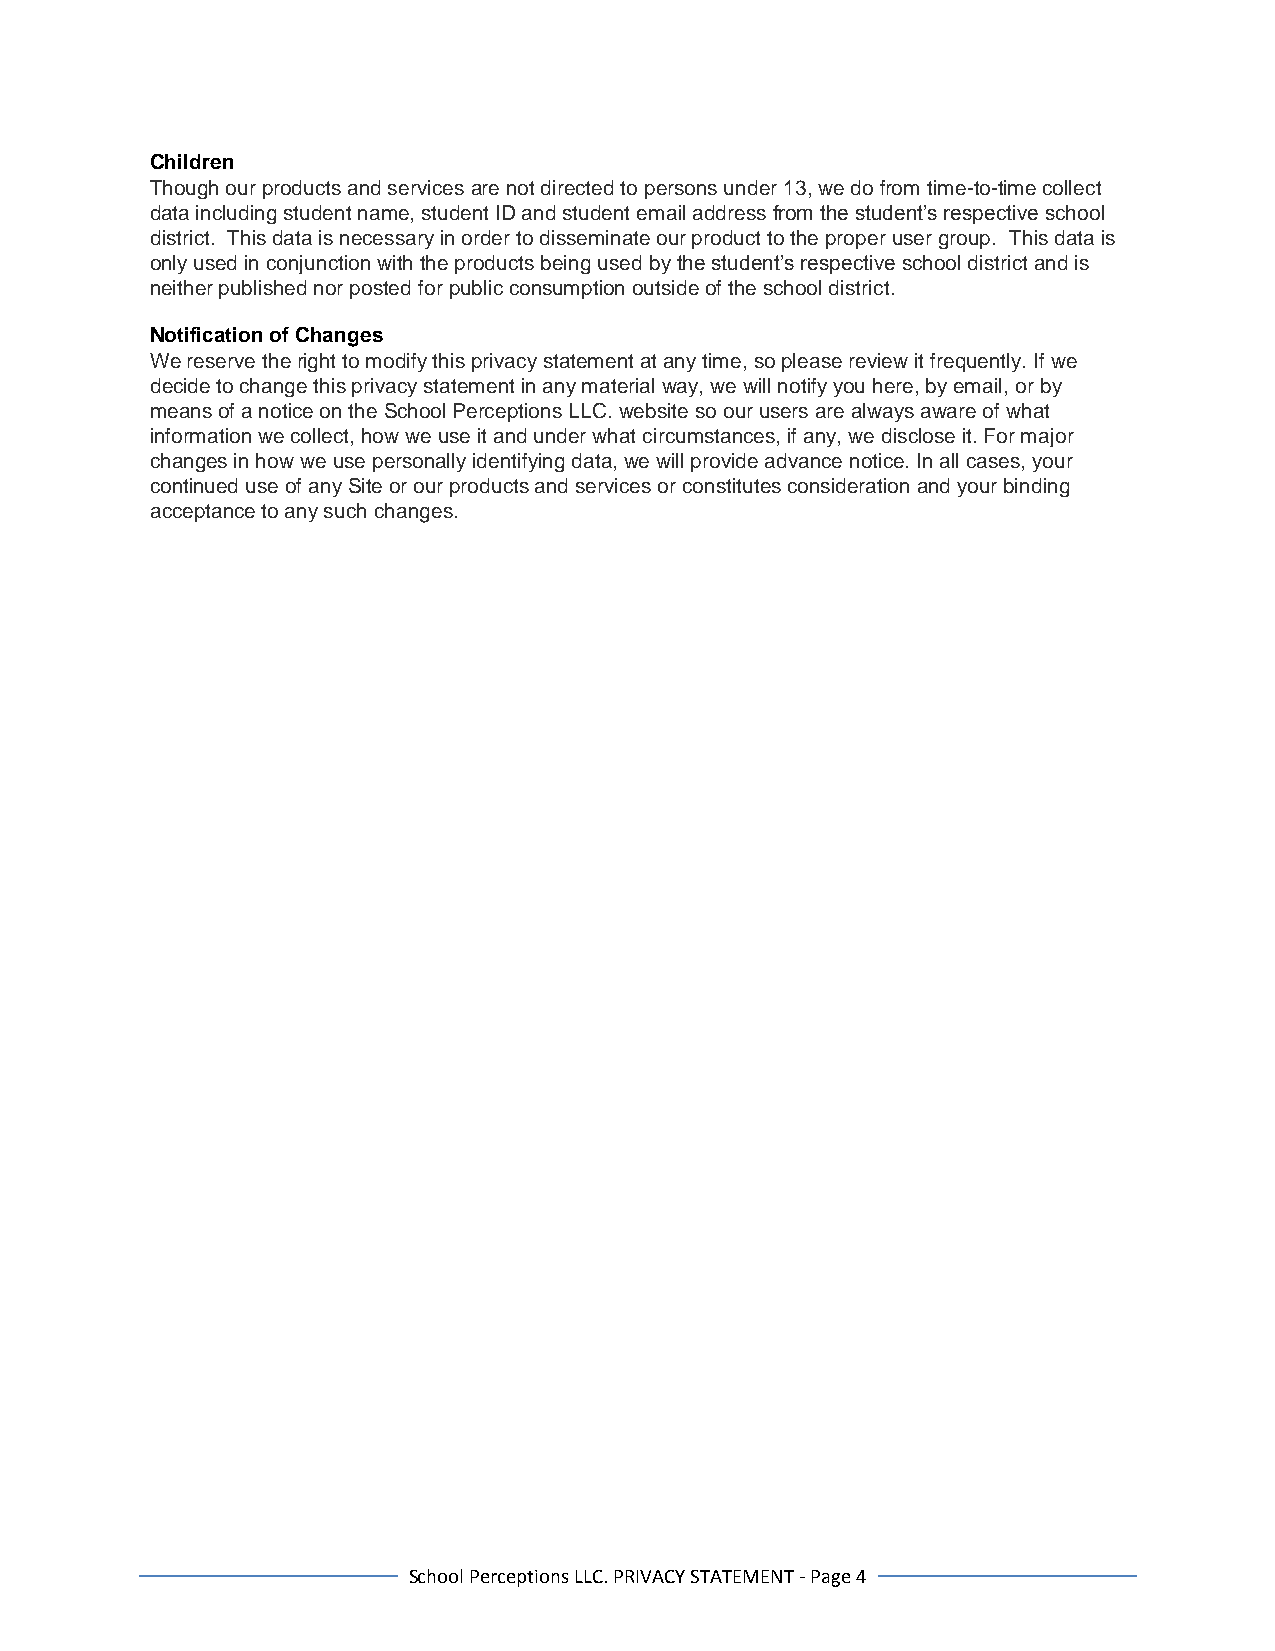
Children
 Though our products and services are not directed to persons under 13, we do from time-to-time collect
 data including student name, student ID and student email address from the student’s respective school
 district. This data is necessary in order to disseminate our product to the proper user group. This data is
 only used in conjunction with the products being used by the student’s respective school district and is
 neither published nor posted for public consumption outside of the school district.
 Notification of Changes
 We reserve the right to modify this privacy statement at any time, so please review it frequently. If we
 decide to change this privacy statement in any material way, we will notify you here, by email, or by
 means of a notice on the School Perceptions LLC. website so our users are always aware of what
 information we collect, how we use it and under what circumstances, if any, we disclose it. For major
 changes in how we use personally identifying data, we will provide advance notice. In all cases, your
 continued use of any Site or our products and services or constitutes consideration and your binding
 acceptance to any such changes.
 School Perceptions LLC. PRIVACY STATEMENT - Page 4